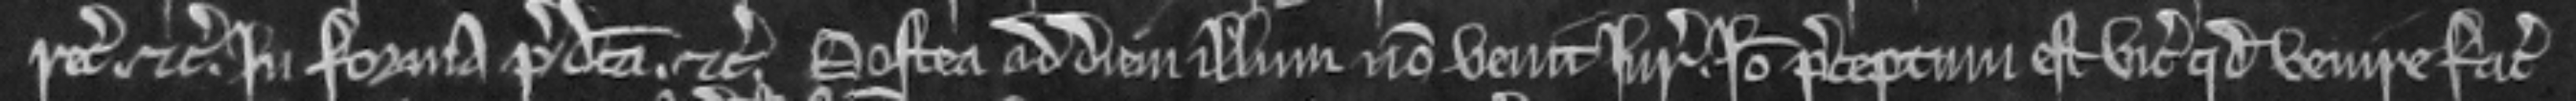
recognoscendum etc. in forma predicta. etc. Postea ad diem illum non venit jurata. Ideo preceptum est vicecomiti quod venire faciat